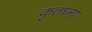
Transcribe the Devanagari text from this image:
कृतघ्ना